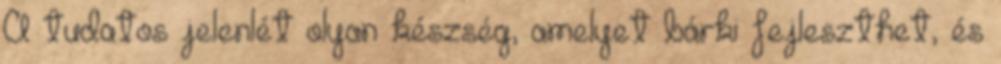
A tudatos jelenlét olyan készség, amelyet bárki fejleszthet, és